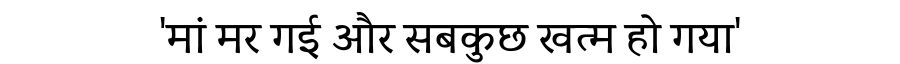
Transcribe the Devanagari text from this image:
'मां मर गई और सबकुछ खत्म हो गया'